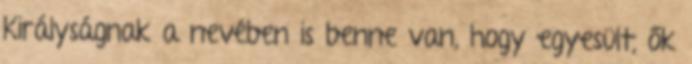
Királyságnak a nevében is benne van, hogy egyesült, ők